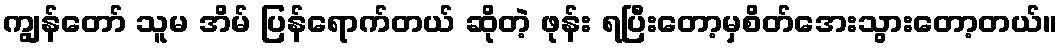
ကျွန်တော် သူမ အိမ် ပြန်ရောက်တယ် ဆိုတဲ့ ဖုန်း ရပြီးတော့မှစိတ်အေးသွားတော့တယ်။